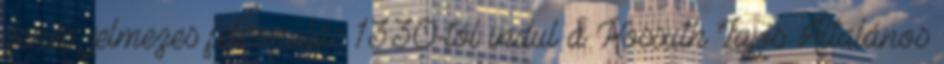
zenés, jelmezes felvonulás 13:30-tól indul a Kossuth Lajos Általános